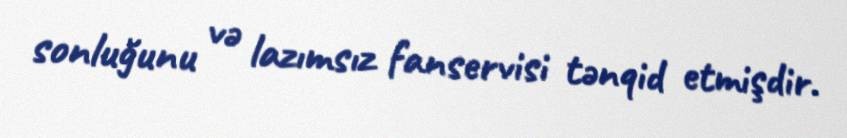
sonluğunu və lazımsız fanservisi tənqid etmişdir.